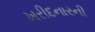
ખરીદનારની